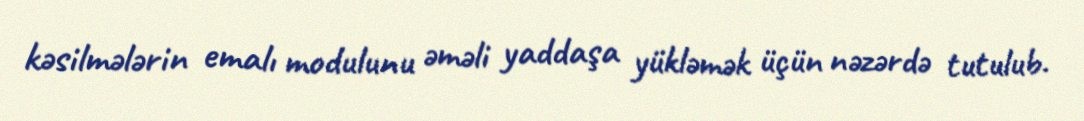
kəsilmələrin emalı modulunu əməli yaddaşa yükləmək üçün nəzərdə tutulub.